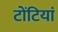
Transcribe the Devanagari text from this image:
टोंटियां